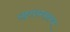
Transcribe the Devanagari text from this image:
राष्ट्रांदरम्यानच्या